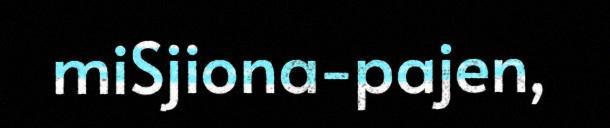
miSjiona-pajen,